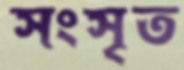
সংসৃত